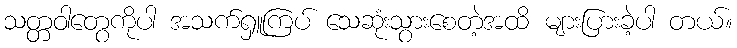
သတ္တဝါတွေကိုပါ အသက်ရှူကြပ် သေဆုံးသွားစေတဲ့အထိ များပြားခဲ့ပါ တယ်။